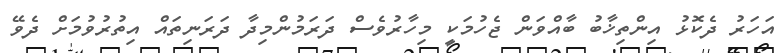
އަހަރު ދެކޮޅު އިންތިޚާބު ބާއްވަން ޖެހުމަކީ މިހާރުވެސް ދަރަމުންމިދާ ދަރަނިތައް އިތުރުވުމަށް ދެވޭ